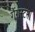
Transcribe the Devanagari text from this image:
गैंगस्टर।